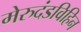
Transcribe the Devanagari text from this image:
मेरुदंडविहिन